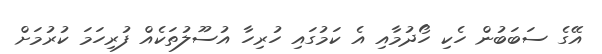
އޭގެ ސަބަބުން ހެކި ހޯދުމާއި އެ ކަމުގައި ހުރިހާ އުސޫލުތަކެއް ފުރިހަމަ ކުރުމަށް